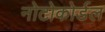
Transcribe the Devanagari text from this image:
नोटोकोर्डल